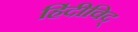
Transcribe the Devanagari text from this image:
हिंदीविद्‍